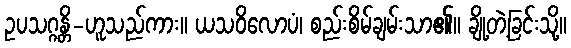
ဥပသဂ္ဂန္တိ-ဟူသည်ကား။ ယသဝိလောပံ၊ စည်းစိမ်ချမ်းသာ၏။ ချို့တဲ့ခြင်းသို့။